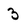
Character: 3